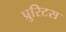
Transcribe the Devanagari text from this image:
प्रुरिटस